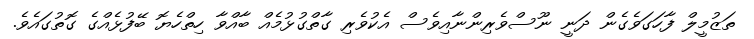
ތަޒުމީލް ފާހަގަވެގެން ދަނީ ނޫސްވެރިންނާއިވެސް އެކުވެރި ގާތްގުޅުމެއް ބާއްވާ ހިތްހެޔޮ ބޭފުޅެއްގެ ގޮތުގައެވެ.